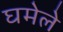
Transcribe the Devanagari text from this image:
घमेले